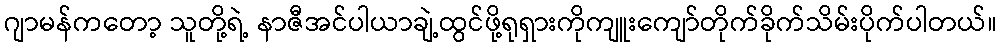
ဂျာမန်ကတော့ သူတို့ရဲ့ နာဇီအင်ပါယာချဲ့ထွင်ဖို့ရုရှားကိုကျူးကျော်တိုက်ခိုက်သိမ်းပိုက်ပါတယ်။